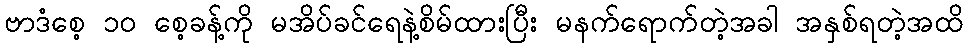
ဗာဒံစေ့ ၁၀ စေ့ခန့်ကို မအိပ်ခင်ရေနဲ့စိမ်ထားပြီး မနက်ရောက်တဲ့အခါ အနှစ်ရတဲ့အထိ